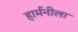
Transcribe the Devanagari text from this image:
हार्मनीला